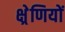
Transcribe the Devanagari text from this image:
क्ष्रेणियों